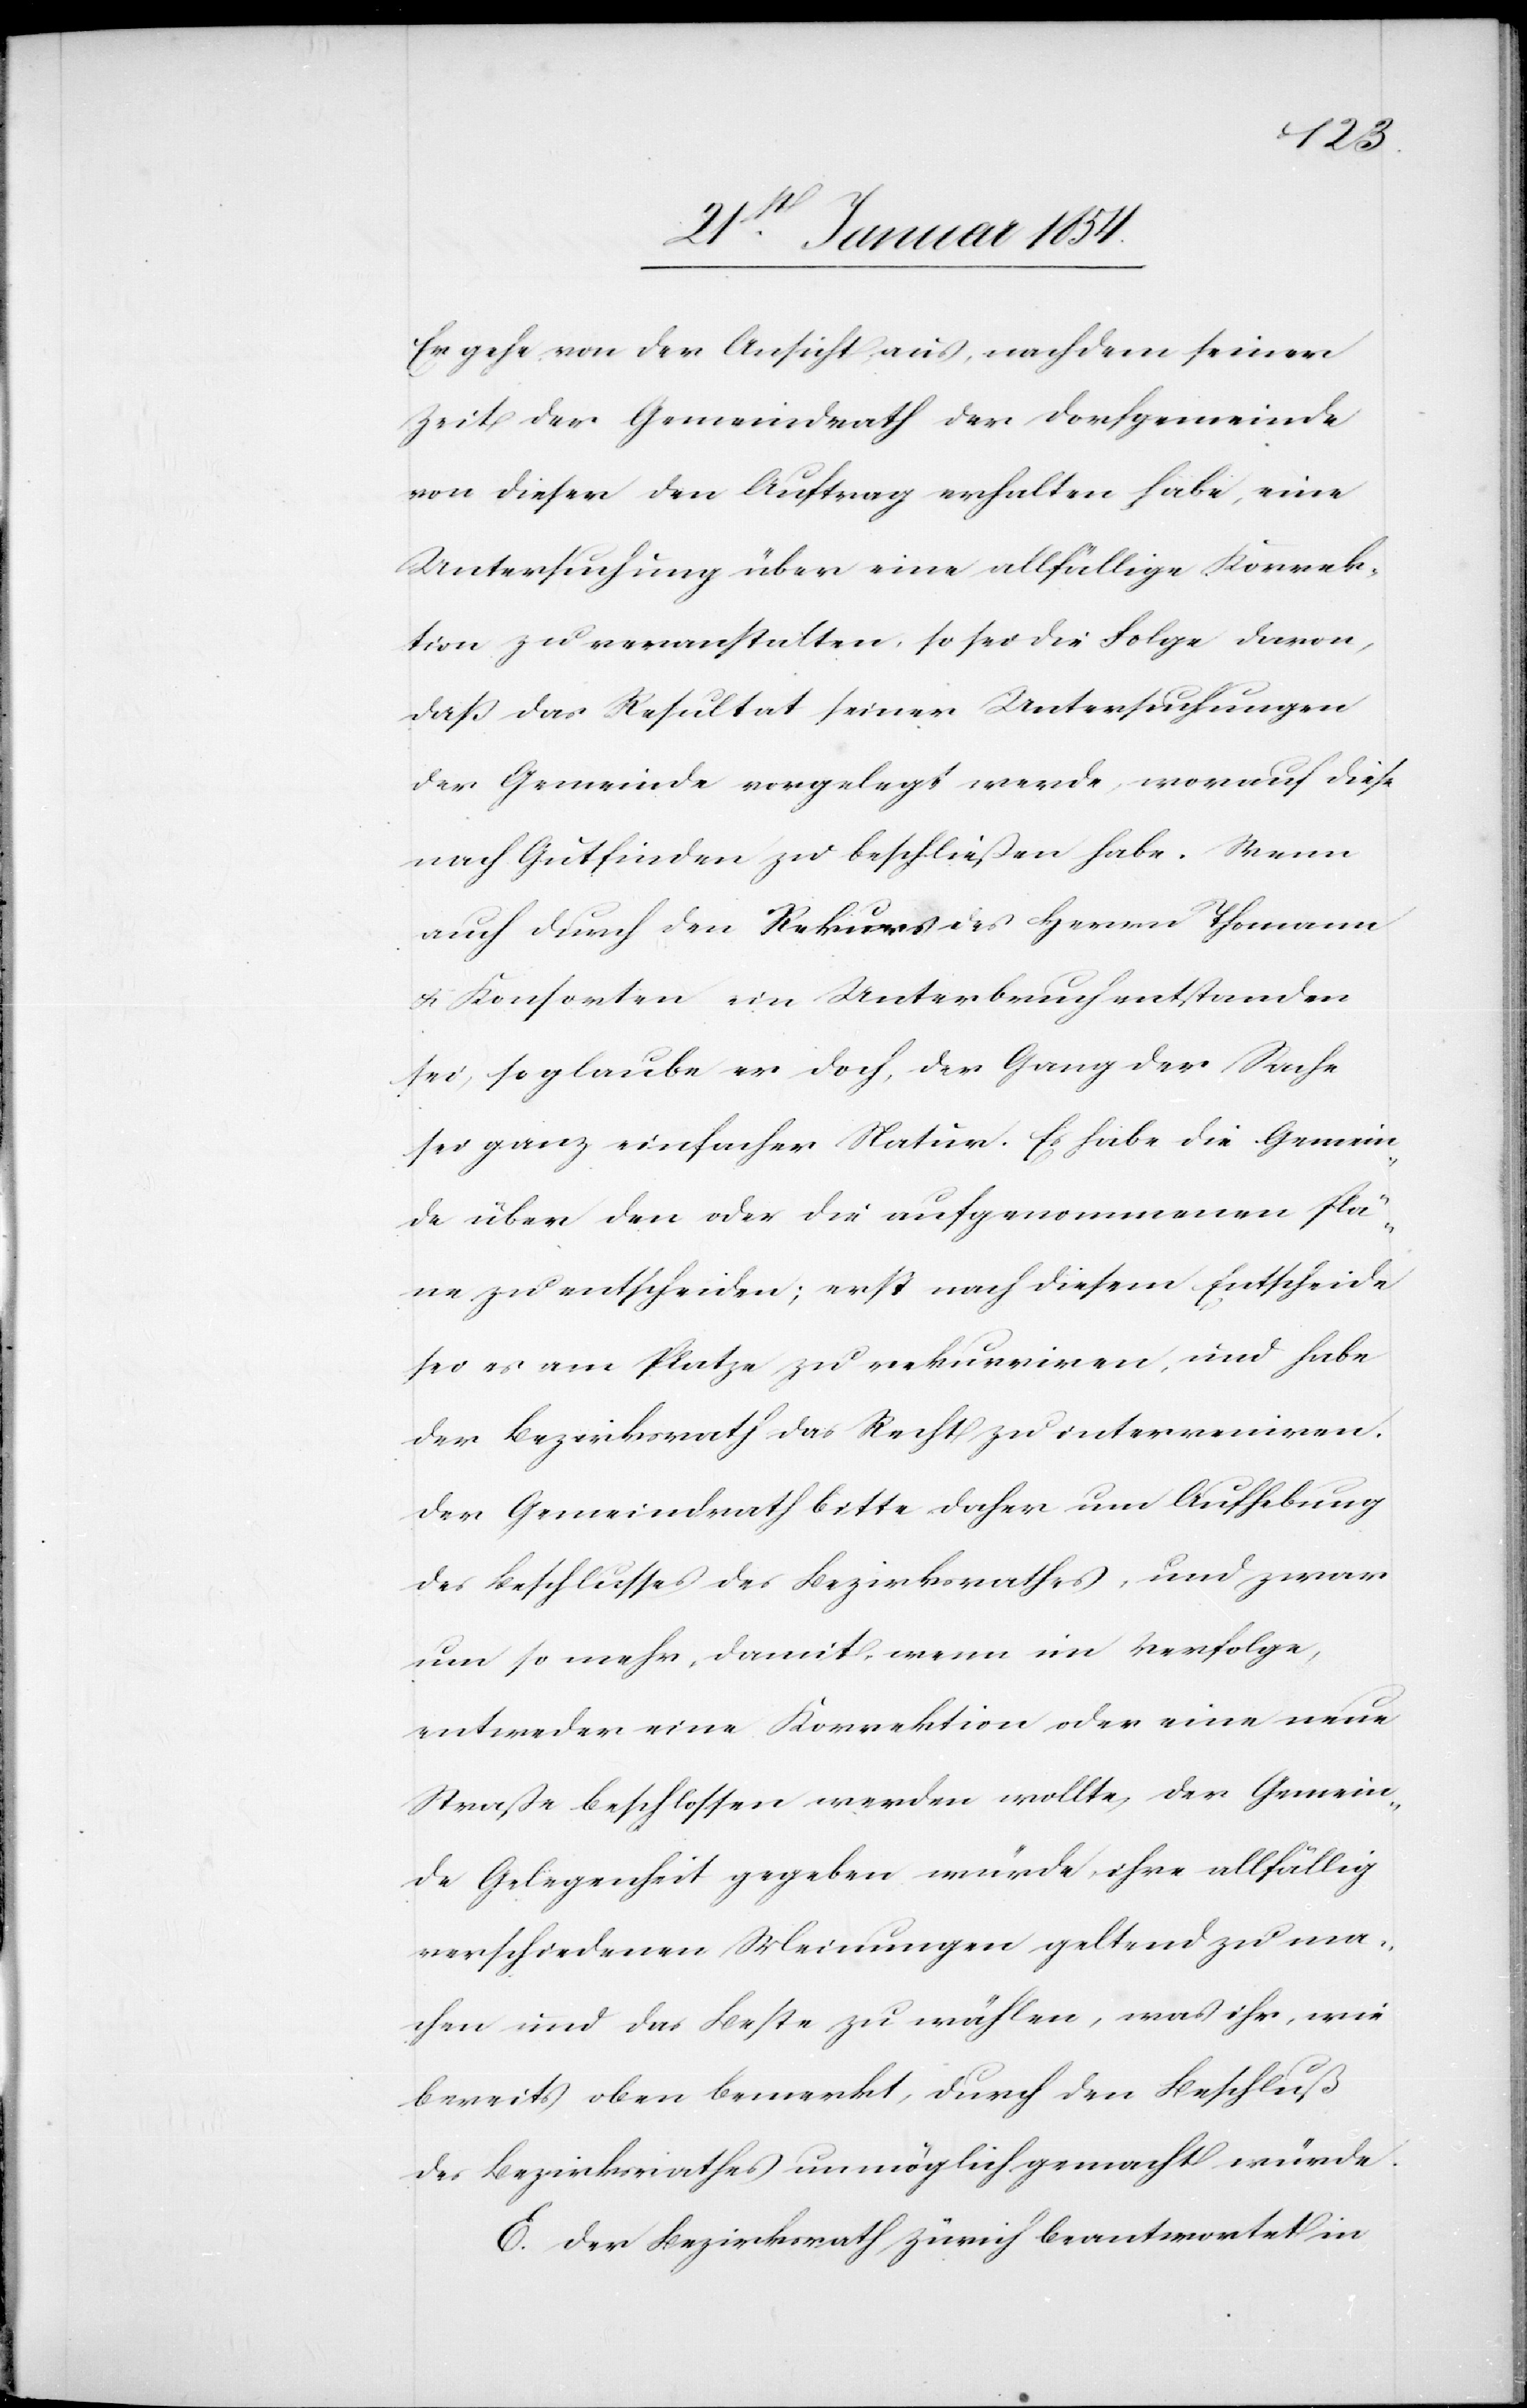
Er gehe von der Ansicht aus, nachdem seiner
Zeit der Gemeindrath der Dorfgemeinde
von dieser den Auftrag erhalten habe, eine
Untersuchung über eine allfällige Korrek¬
tion zu veranstalten, so sei die Folge davon,
daß das Resultat seiner Untersuchungen
der Gemeinde vorgelegt werde, worauf diese
nach Gutfinden zu beschließen habe. Wenn
auch durch den Rekurs des Herrn Thomann
& Konsorten ein Unterbruch entstanden
sei, so glaube er doch, der Gang der Sache
sei ganz einfacher Natur. Es habe die Gemein¬
de über den oder die aufgenommenen Plä¬
ne zu entscheiden; erst nach diesem Entscheide
sei es am Platze zu rekurriren, und habe
der Bezirksrath das Recht zu interveniren.
Der Gemeindrath bitte daher um Aufhebung
des Beschlusses des Bezirksrathes, und zwar
um so mehr, damit, wenn im Verfolge,
entweder eine Korrektion oder eine neue
Straße beschlossen werden sollte, der Gemein¬
de Gelegenheit gegeben würde, ihre allfällig
verschiedenen Meinungen geltend zu ma¬
chen und das Beste zu wählen, was ihr, wie
bereits oben bemerkt, durch den Beschluß
des Bezirksrathes unmöglich gemacht würde.
E. Der Bezirksrath Zürich beantwortet in